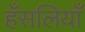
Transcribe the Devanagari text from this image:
हँसलियाँ